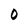
Character: 0